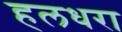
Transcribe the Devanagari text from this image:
हलधरा